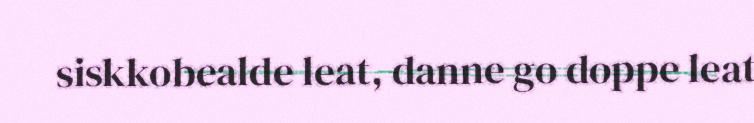
siskkobealde leat, danne go doppe leat